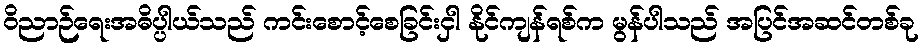
ဝိညာဉ်ရေးအဓိပ္ပါယ်သည် ကင်းစောင့်စေခြင်းငှါ နိုင်ကျန်ရစ်က မွန်ပါသည် အပြင်အဆင်တစ်ခု